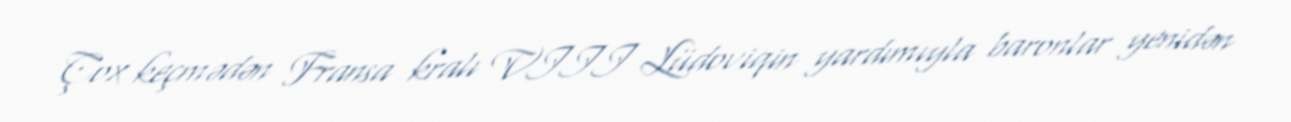
Çox keçmədən Fransa kralı VIII Lüdoviqin yardımıyla baronlar yenidən